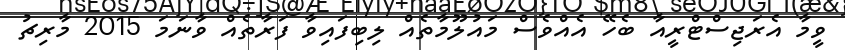
ވީމާ އެރަޖިސްޓްރީއާ ބެހޭ އެއްވެސް މައުލޫމާތެއް ލިބިފައިވާ ފަރާތެއް ވާނަމަ 2015 މާރިޗު